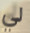
لي